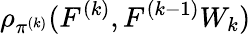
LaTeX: \rho_{\pi^{(k)}}(F^{(k)},F^{(k-1)}W_{k})